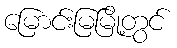
မြောင်းမြမြို့တွင်